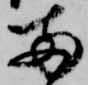
両